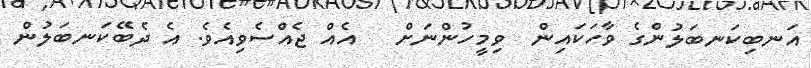
އަނބިކަނބަލުންގެ ވާހަކައިން  ވިމީހުންނަށް   އެއް ޖެއްސެވިއެވެ. އެ ދެބޭކަނބަލުން